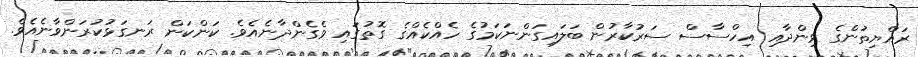
ރައްޔިތުންގެ ވިންދާއި އިހްސާސް ސަރުކާރުން ބަލައިގަންނަކަމުގެ ހެއްކެއްގެ ގޮތުގައި ވެގެންދާނެއެވެ. ކަންކަން ރަނގަޅުކުރަންވާނެއެވެ.